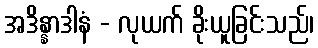
အဒိန္နာဒါနံ - လုယက် ခိုးယူခြင်းသည်၊